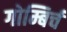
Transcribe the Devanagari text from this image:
गोम्बिर्च